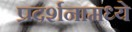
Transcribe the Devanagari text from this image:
प्रदर्शनामध्ये